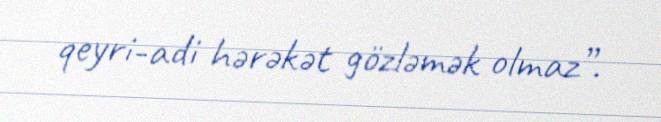
qeyri-adi hərəkət gözləmək olmaz”.